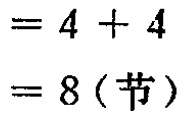
$=4 + 4\\

= 8 (\text{节})$